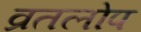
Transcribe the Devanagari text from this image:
व्रतलोप